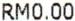
RM0.00